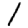
Digit: 1